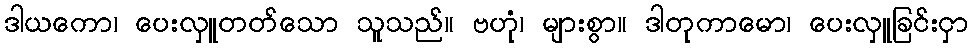
ဒါယကော၊ ပေးလှူတတ်သော သူသည်။ ဗဟုံ၊ များစွာ။ ဒါတုကာမော၊ ပေးလှူခြင်းငှာ